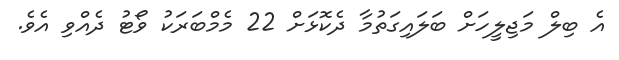
އެ ބިލް މަޖިލީހަށް ބަލައިގަތުމާ ދެކޮޅަށް 22 މެމްބަރަކު ވޯޓު ދެއްވި އެވެ.